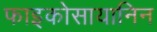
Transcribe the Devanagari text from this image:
फाइकोसायानिन